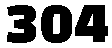
304